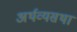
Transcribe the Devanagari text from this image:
अर्थव्यसथा